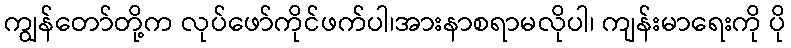
ကျွန်တော်တို့က လုပ်ဖော်ကိုင်ဖက်ပါ၊အားနာစရာမလိုပါ၊ ကျန်းမာရေးကို ပို